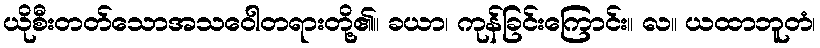
ယိုစီးတတ်သောအသဝေါတရားတို့၏။ ခယာ၊ ကုန်ခြင်းကြောင်း။ လ။ ယထာဘူတံ၊